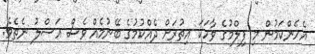
އެހެންކަމުން މި ފިލްމުގެ ވާހަކަ އިތުރަށް ދެއްކުމުގެ ބޭނުމެއް ވެސް އަސްލު ނެތެވެ.